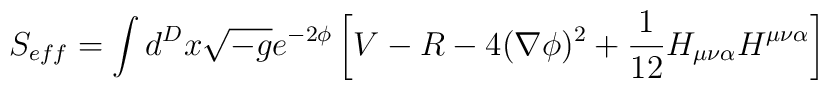
S_{eff} = \int d^{D}x \sqrt{-g} e^{-2\phi}\left [V -  R - 4(\nabla\phi)^{2}+ \frac{1}{12} H_{\mu\nu\alpha}H^{\mu\nu\alpha} \right ]